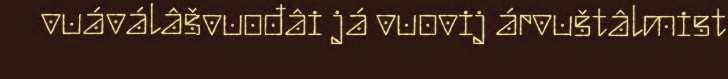
vuáválâšvuođâi já vuovij árvuštâlmist